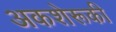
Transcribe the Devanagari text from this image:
अकशेरूकी